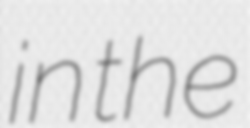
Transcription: in the